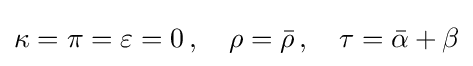
\kappa =\pi =\varepsilon =0\,,\quad \rho ={\bar {\rho }}\,,\quad \tau ={\bar {\alpha }}+\beta